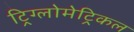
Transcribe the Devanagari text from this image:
ट्रिग्लोमेट्रिकल